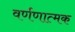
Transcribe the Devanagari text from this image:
वर्णणात्मक